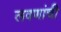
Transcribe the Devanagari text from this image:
लवणांची